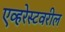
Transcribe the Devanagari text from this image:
एव्हरेस्टवरील